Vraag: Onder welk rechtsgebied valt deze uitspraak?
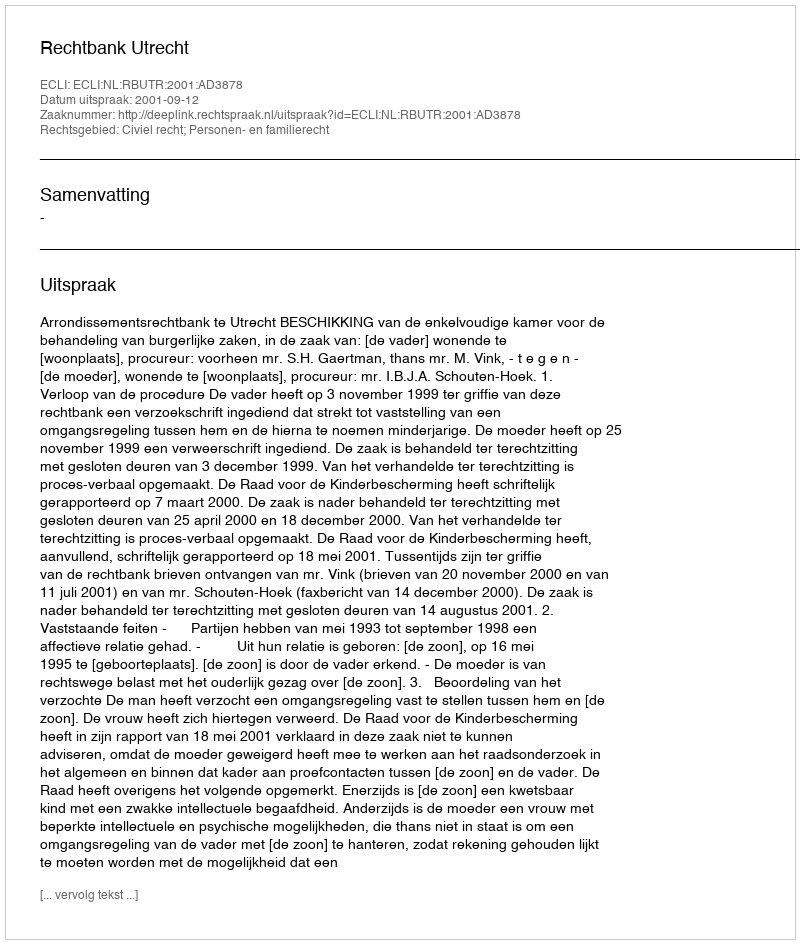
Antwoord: Civiel recht; Personen- en familierecht